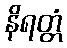
နိရတ္တံ